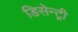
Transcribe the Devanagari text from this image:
डिसेन्ट्री